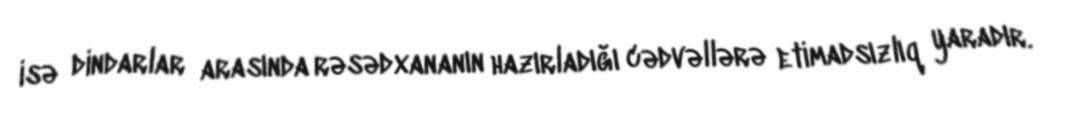
isə dindarlar arasında rəsədxananın hazırladığı cədvəllərə etimadsızlıq yaradır.